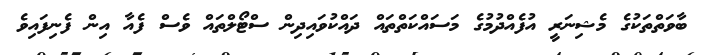
ބާވަތްތަކުގެ މެޝިނަރީ އުފެއްދުމުގެ މަސައްކަތްތައް ދައްކުވައިދިން ސްޓޯލްތައް ވެސް ފެއާ އިން ފެނިފައިވެ